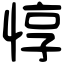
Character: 惇